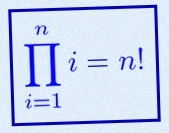
\prod_{i=1}^{n}i=n!